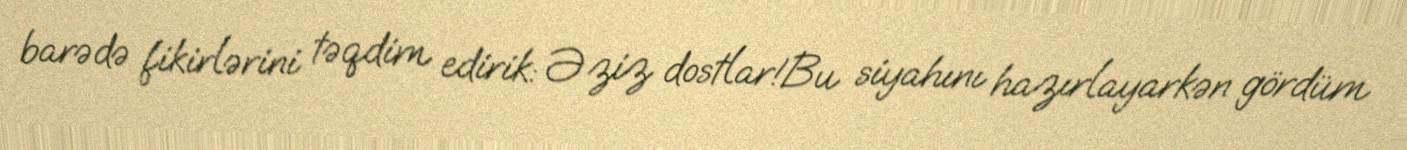
barədə fikirlərini təqdim edirik: Əziz dostlar!Bu siyahını hazırlayarkən gördüm